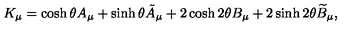
K _ { \mu } = \cosh \theta A _ { \mu } + \sinh \theta \tilde { A } _ { \mu } + 2 \cosh 2 \theta B _ { \mu } + 2 \sinh 2 \theta \widetilde B _ { \mu } ,